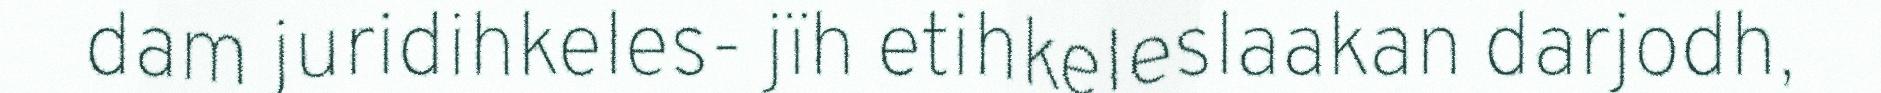
dam juridihkeles- jïh etihkeleslaakan darjodh,